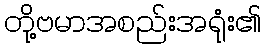
တို့ဗမာအစည်းအရုံး၏